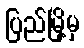
ပြည်မြို့မှ